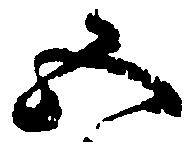
五